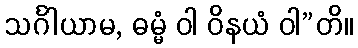
သင်္ဂါယာမ, ဓမ္မံ ဝါ ဝိနယံ ဝါ”တိ။